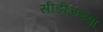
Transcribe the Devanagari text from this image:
सीडीजच्या